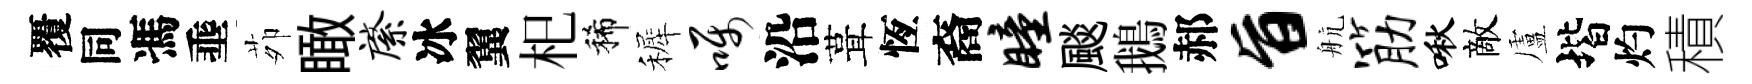
覆同馮埀茆瞰綮冰翼𣏌稀裤嘱沿葺恆裔瞳颷鵝郝旨航筋啾敵盧堦灼積